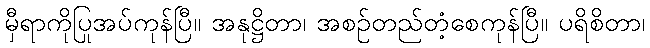
မှီရာကိုပြုအပ်ကုန်ပြီ။ အနုဋ္ဌိတာ၊ အစဉ်တည်တံ့စေကုန်ပြီ။ ပရိစိတာ၊